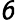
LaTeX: \mathsfit{6}